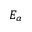
E _ { a }